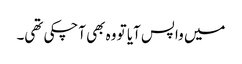
میں واپس آیا تو وہ بھی آچکی تھی۔